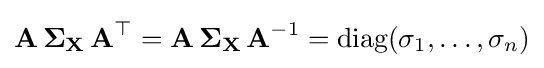
\mathbf {A\,\Sigma _{X}\,A} ^{\top }=\mathbf {A\,\Sigma _{X}\,A} ^{-1}={\mbox{diag}}(\sigma _{1},\ldots ,\sigma _{n})